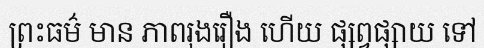
ព្រះធម៌ មាន ភាពរុងរឿង ហើយ ផ្សព្វផ្សាយ ទៅ